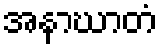
အနာဃာတံ